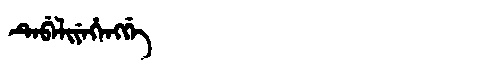
Manchu: ᡨᡝᠪᡝᠯᡳᠶᡝᡥᡝᠩᡤᡝ
Romanization: TEBELIYEHENGGE